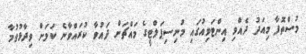
މުސްތޮފާ މިއަދު ދެއްވި އިންޓަވިއުގައި މުނިސިޕަލްޓީގެ މައްޗަށް ދައުވާ ކުރައްވާނެ ކަމަށް ވިދާޅުވުމާ